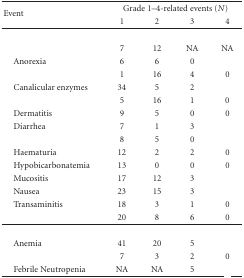
<table><thead><tr><td rowspan="2"><b>Event</b></td><td colspan="4"><b>Grade 1–4-related events (<i>N</i>)</b></td></tr><tr><td><b>1</b></td><td><b>2</b></td><td><b>3</b></td><td><b>4</b></td></tr></thead><tbody><tr><td>[EMPTY_CELL]</td><td>[EMPTY_CELL]</td><td>[EMPTY_CELL]</td><td>[EMPTY_CELL]</td><td>[EMPTY_CELL]</td></tr><tr><td>[EMPTY_CELL]</td><td>7</td><td>12</td><td>NA</td><td>NA</td></tr><tr><td> Anorexia</td><td>6</td><td>6</td><td>0</td><td>[EMPTY_CELL]</td></tr><tr><td>[EMPTY_CELL]</td><td>1</td><td>16</td><td>4</td><td>0</td></tr><tr><td> Canalicular enzymes</td><td>34</td><td>5</td><td>2</td><td>[EMPTY_CELL]</td></tr><tr><td>[EMPTY_CELL]</td><td>5</td><td>16</td><td>1</td><td>0</td></tr><tr><td> Dermatitis</td><td>9</td><td>5</td><td>0</td><td>0</td></tr><tr><td> Diarrhea</td><td>7</td><td>1</td><td>3</td><td>[EMPTY_CELL]</td></tr><tr><td>[EMPTY_CELL]</td><td>8</td><td>5</td><td>0</td><td>[EMPTY_CELL]</td></tr><tr><td> Haematuria</td><td>12</td><td>2</td><td>2</td><td>0</td></tr><tr><td> Hypobicarbonatemia</td><td>13</td><td>0</td><td>0</td><td>0</td></tr><tr><td> Mucositis</td><td>17</td><td>12</td><td>3</td><td>[EMPTY_CELL]</td></tr><tr><td> Nausea</td><td>23</td><td>15</td><td>3</td><td>[EMPTY_CELL]</td></tr><tr><td> Transaminitis</td><td>18</td><td>3</td><td>1</td><td>0</td></tr><tr><td>[EMPTY_CELL]</td><td>20</td><td>8</td><td>6</td><td>0</td></tr><tr><td>[EMPTY_CELL]</td><td>[EMPTY_CELL]</td><td>[EMPTY_CELL]</td><td>[EMPTY_CELL]</td><td>[EMPTY_CELL]</td></tr><tr><td> Anemia</td><td>41</td><td>20</td><td>5</td><td>[EMPTY_CELL]</td></tr><tr><td>[EMPTY_CELL]</td><td>7</td><td>3</td><td>2</td><td>0</td></tr><tr><td> Febrile Neutropenia</td><td>NA</td><td>NA</td><td>5</td><td>[EMPTY_CELL]</td></tr></tbody></table>